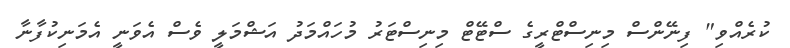
ކުރެއްވި" ފިނޭންސް މިނިސްޓްރީގެ ސްޓޭޓް މިނިސްޓަރު މުހައްމަދު އަޝްމަލީ ވެސް އެވަނީ އެމަނިކުފާނާ